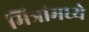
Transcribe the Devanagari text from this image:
मित्रांमध्ये